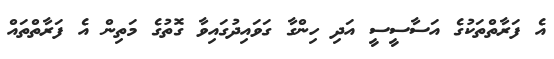
އެ ފަރާތްތަކުގެ އަސާސީސީ އަދި ހިންގާ ގަވައިދުގައިވާ ގޮތުގެ މަތިން އެ ފަރާތްތައް